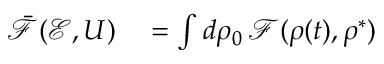
\begin{array} { r l } { \bar { \mathcal F } ( \mathcal { E } , U ) } & { { } = \int d \rho _ { 0 } \, \mathcal { F } ( { \rho ( t ) } , \rho ^ { * } ) } \end{array}